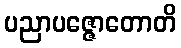
ပညာပဇ္ဇောတောတိ